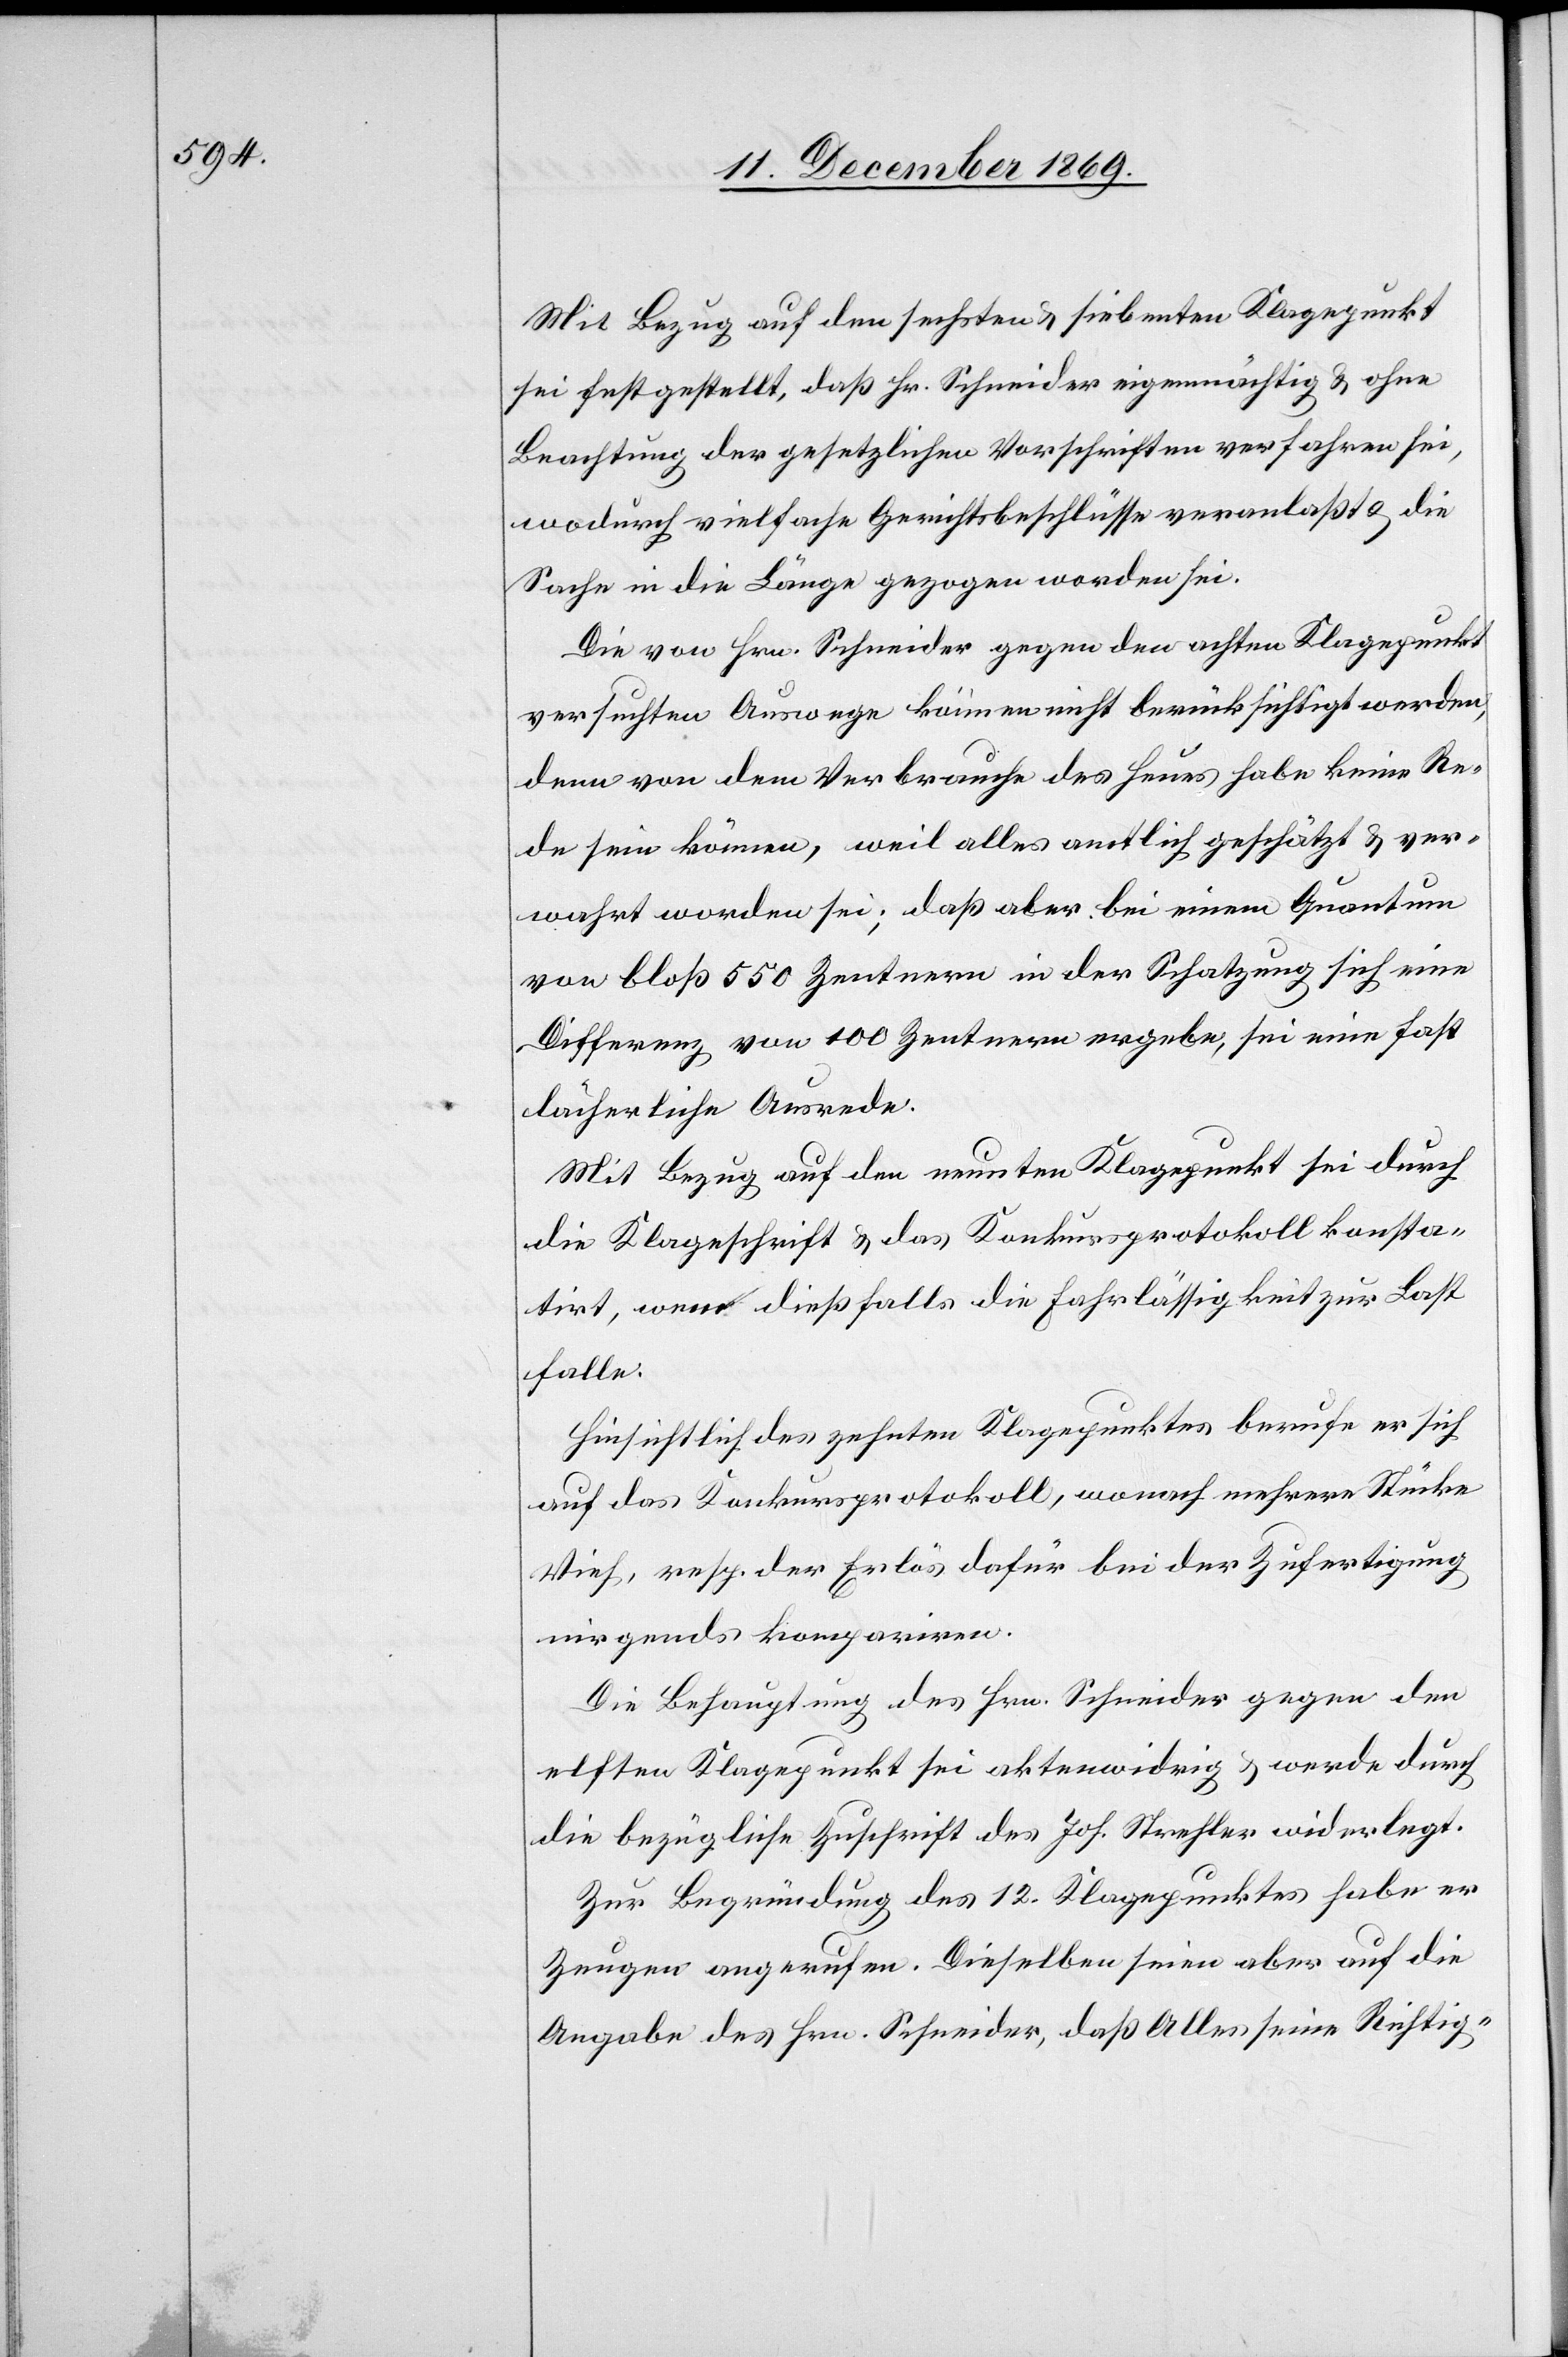
Mit Bezug auf den sechsten & siebenten Klagepunkt
sei festgestellt, daß Hr. Schneider eigenmächtig & ohne
Beachtung der gesetzlichen Vorschriften verfahren sei,
wodurch vielfache Gerichtsbeschlüsse veranlaßt & die
Sache in die Länge gezogen worden sei.
Die von Hrn. Schneider gegen den achten Klagepunkt
versuchten Auswege können nicht berücksichtigt werden,
denn von dem Verbrauche des Heues habe keine Re¬
de sein können, weil alles amtlich geschätzt & ver¬
wahrt worden sei; daß aber bei einem Quantum
von bloß 550 Zentnern in der Schatzung sich eine
Differenz von 100 Zentnern ergebe, sei eine fast
lächerliche Ausrede.
Mit Bezug auf den neunten Klagepunkt sei durch
die Klageschrift & das Konkursprotokoll konsta¬
tirt, wem dießfalls die Fahrlässigkeit zur Last
falle.
Hinsichtlich des zehnten Klagepunktes berufe er sich
auf das Konkursprotokoll, wonach mehrere Stücke
Vieh, resp. der Erlös dafür bei der Zufertigung
nirgends kompariren.
Die Behauptung des Hrn. Schneider gegen den
elften Klagepunkt sei aktenwidrig & werde durch
die bezügliche Zuschrift des Joh. Strehler widerlegt.
Zur Begründung des 12. Klagepunktes habe er
Zeugen angerufen. Dieselben seien aber auf die
Angabe des Hrn. Schneider, daß Alles seine Richtig-